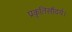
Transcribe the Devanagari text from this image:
प्रकृतिसौंदर्य।